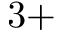
3 +